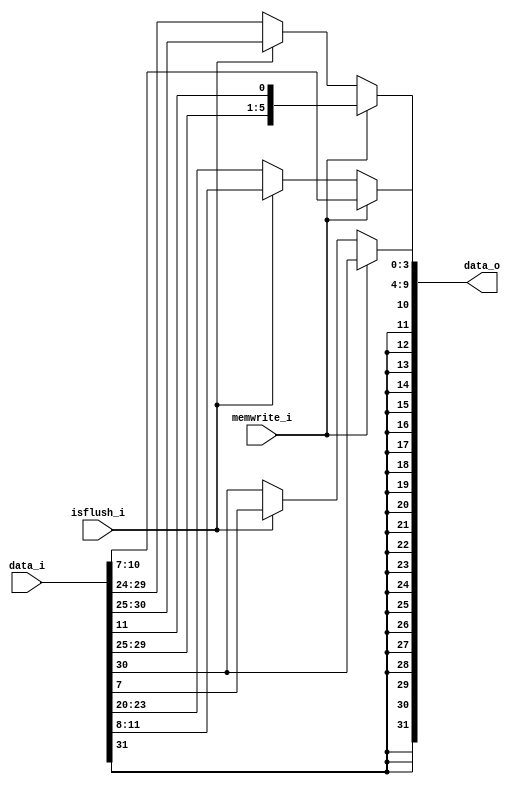
module Sign_Extend
(
    data_i,
    memwrite_i,
    isflush_i,
    data_o
);

input [31:0] data_i;
input memwrite_i,isflush_i;
output [31:0] data_o;
reg [11:0] imm;
reg [31:0] data_o;
// assign imm = data_i[31:20];
// 	assign data_o = {{20{imm[11]}}, imm};
always @*
begin 
	if (memwrite_i) begin //SW
		imm <= {data_i[31:25], data_i[11:7]};
		data_o<= {{20{imm[11]}}, imm};
	end
	else if (isflush_i) begin
		// imm<= {data_i[31],data_i[7],data_i[30:25],data_i[11:8]};
		imm[11] <= data_i[31];
		imm[10] <= data_i[7];
		imm[9:4]<= data_i[30:25];
		imm[3:0] <= data_i[11:8];
		data_o<= {{20{imm[11]}}, imm};
	end
	else begin
		imm <= data_i[31:20];
		data_o<= {{20{imm[11]}}, imm};
	end
end 
endmodule